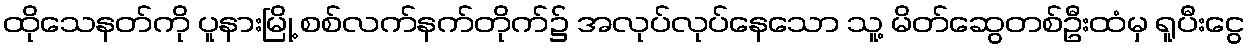
ထိုသေနတ်ကို ပူနားမြို့ စစ်လက်နက်တိုက်၌ အလုပ်လုပ်နေသော သူ့ မိတ်ဆွေတစ်ဦးထံမှ ရူပီးငွေ